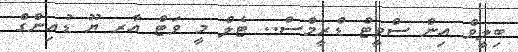
ބިލީވް އިން ސްވީޓް ޑްރީމްސް.. ޓެލް މީ ވަޓް އާރ ޔޫ ޑުއިންގް